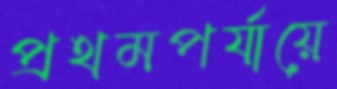
প্রথমপর্যায়ে